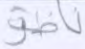
ناظرة